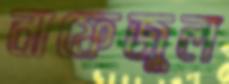
নাফেজুল